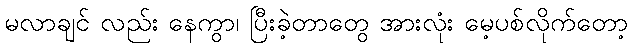
မလာချင် လည်း နေကွာ၊ ပြီးခဲ့တာတွေ အားလုံး မေ့ပစ်လိုက်တော့